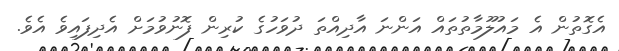
އެގޮތުން އެ މައުލޫމާތުތައް އަންނަ އާދިއްތަ ދުވަހުގެ ކުރިން ފޮނުވުމަށް އެދިފައިވެ އެވެ.